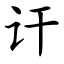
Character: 讦